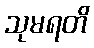
သုမရတိ